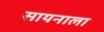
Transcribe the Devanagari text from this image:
सायनाला